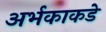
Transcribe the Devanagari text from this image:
अर्भकाकडे